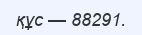
құс — 88291.